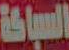
السباكة